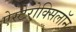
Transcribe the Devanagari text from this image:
ऐस्टेरोक्सिलॉन